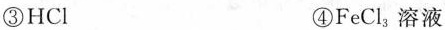
③HCl ④FeCl_{3|溶液